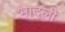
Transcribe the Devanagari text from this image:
भादली